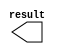
module cons_x (
	result);

	output	[8:0]  result;

endmodule